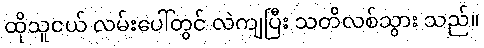
ထိုသူငယ် လမ်းပေါ်တွင် လဲကျပြီး သတိလစ်သွား သည်။